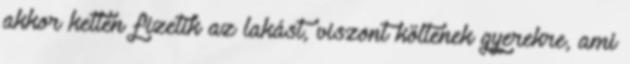
akkor ketten fizetik az lakást, viszont költenek gyerekre, ami